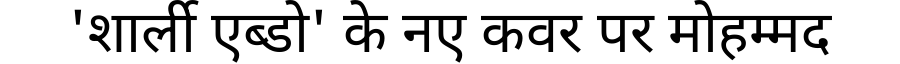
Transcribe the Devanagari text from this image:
'शार्ली एब्डो' के नए कवर पर मोहम्मद